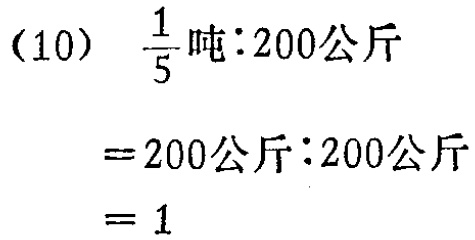
(10) \(\frac{1}{5}\text{吨}:200\text{公斤}\)

\(=200\text{公斤}:200\text{公斤}\)

\(= 1\)